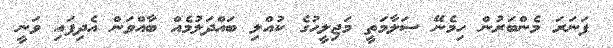
ފަނަރަ މެންބަރުން ހިމެނޭ ސަލާމަތީ މަޖިލީހުގެ ކުއްލި ބައްދަލުމެއް ބާއްވަން އެދިފައި ވަނީ